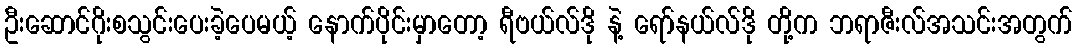
ဦးဆောင်ဂိုးစသွင်းပေးခဲ့ပေမယ့် နောက်ပိုင်းမှာတော့ ရီဗယ်လ်ဒို နဲ့ ရော်နယ်လ်ဒို တို့က ဘရာဇီးလ်အသင်းအတွက်